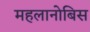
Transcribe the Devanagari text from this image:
महलानोबिस